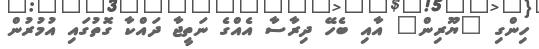
ހިންގި "ޔޫރިން" އާއި ބެހޭ ދިރާސާ އެއްގެ ނަތީޖާ ދައްކާ ގޮތުގައި އުމުރުން